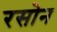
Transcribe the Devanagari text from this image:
रसोन